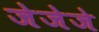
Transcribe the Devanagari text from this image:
जेजेजे